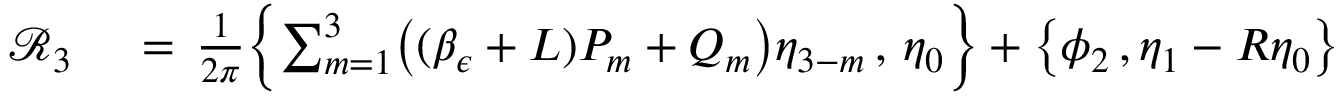
\begin{array} { r l } { \mathcal { R } _ { 3 } \, } & { { } = \, \frac { 1 } { 2 \pi } \Bigl \{ \sum _ { m = 1 } ^ { 3 } \bigl ( ( \beta _ { \epsilon } + L ) P _ { m } + Q _ { m } \bigr ) \eta _ { 3 - m } \, , \, \eta _ { 0 } \Bigr \} + \bigl \{ \phi _ { 2 } \, , \eta _ { 1 } - R \eta _ { 0 } \bigr \} } \end{array}